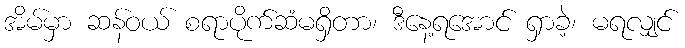
အိမ်မှာ ဆန်ဝယ် စရာပိုက်ဆံမရှိတာ၊ ဒီနေ့ရအောင် ရှာခဲ့၊ မရလျှင်